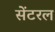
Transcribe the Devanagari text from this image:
सेंटरल